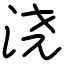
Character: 浇